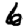
Digit: 6